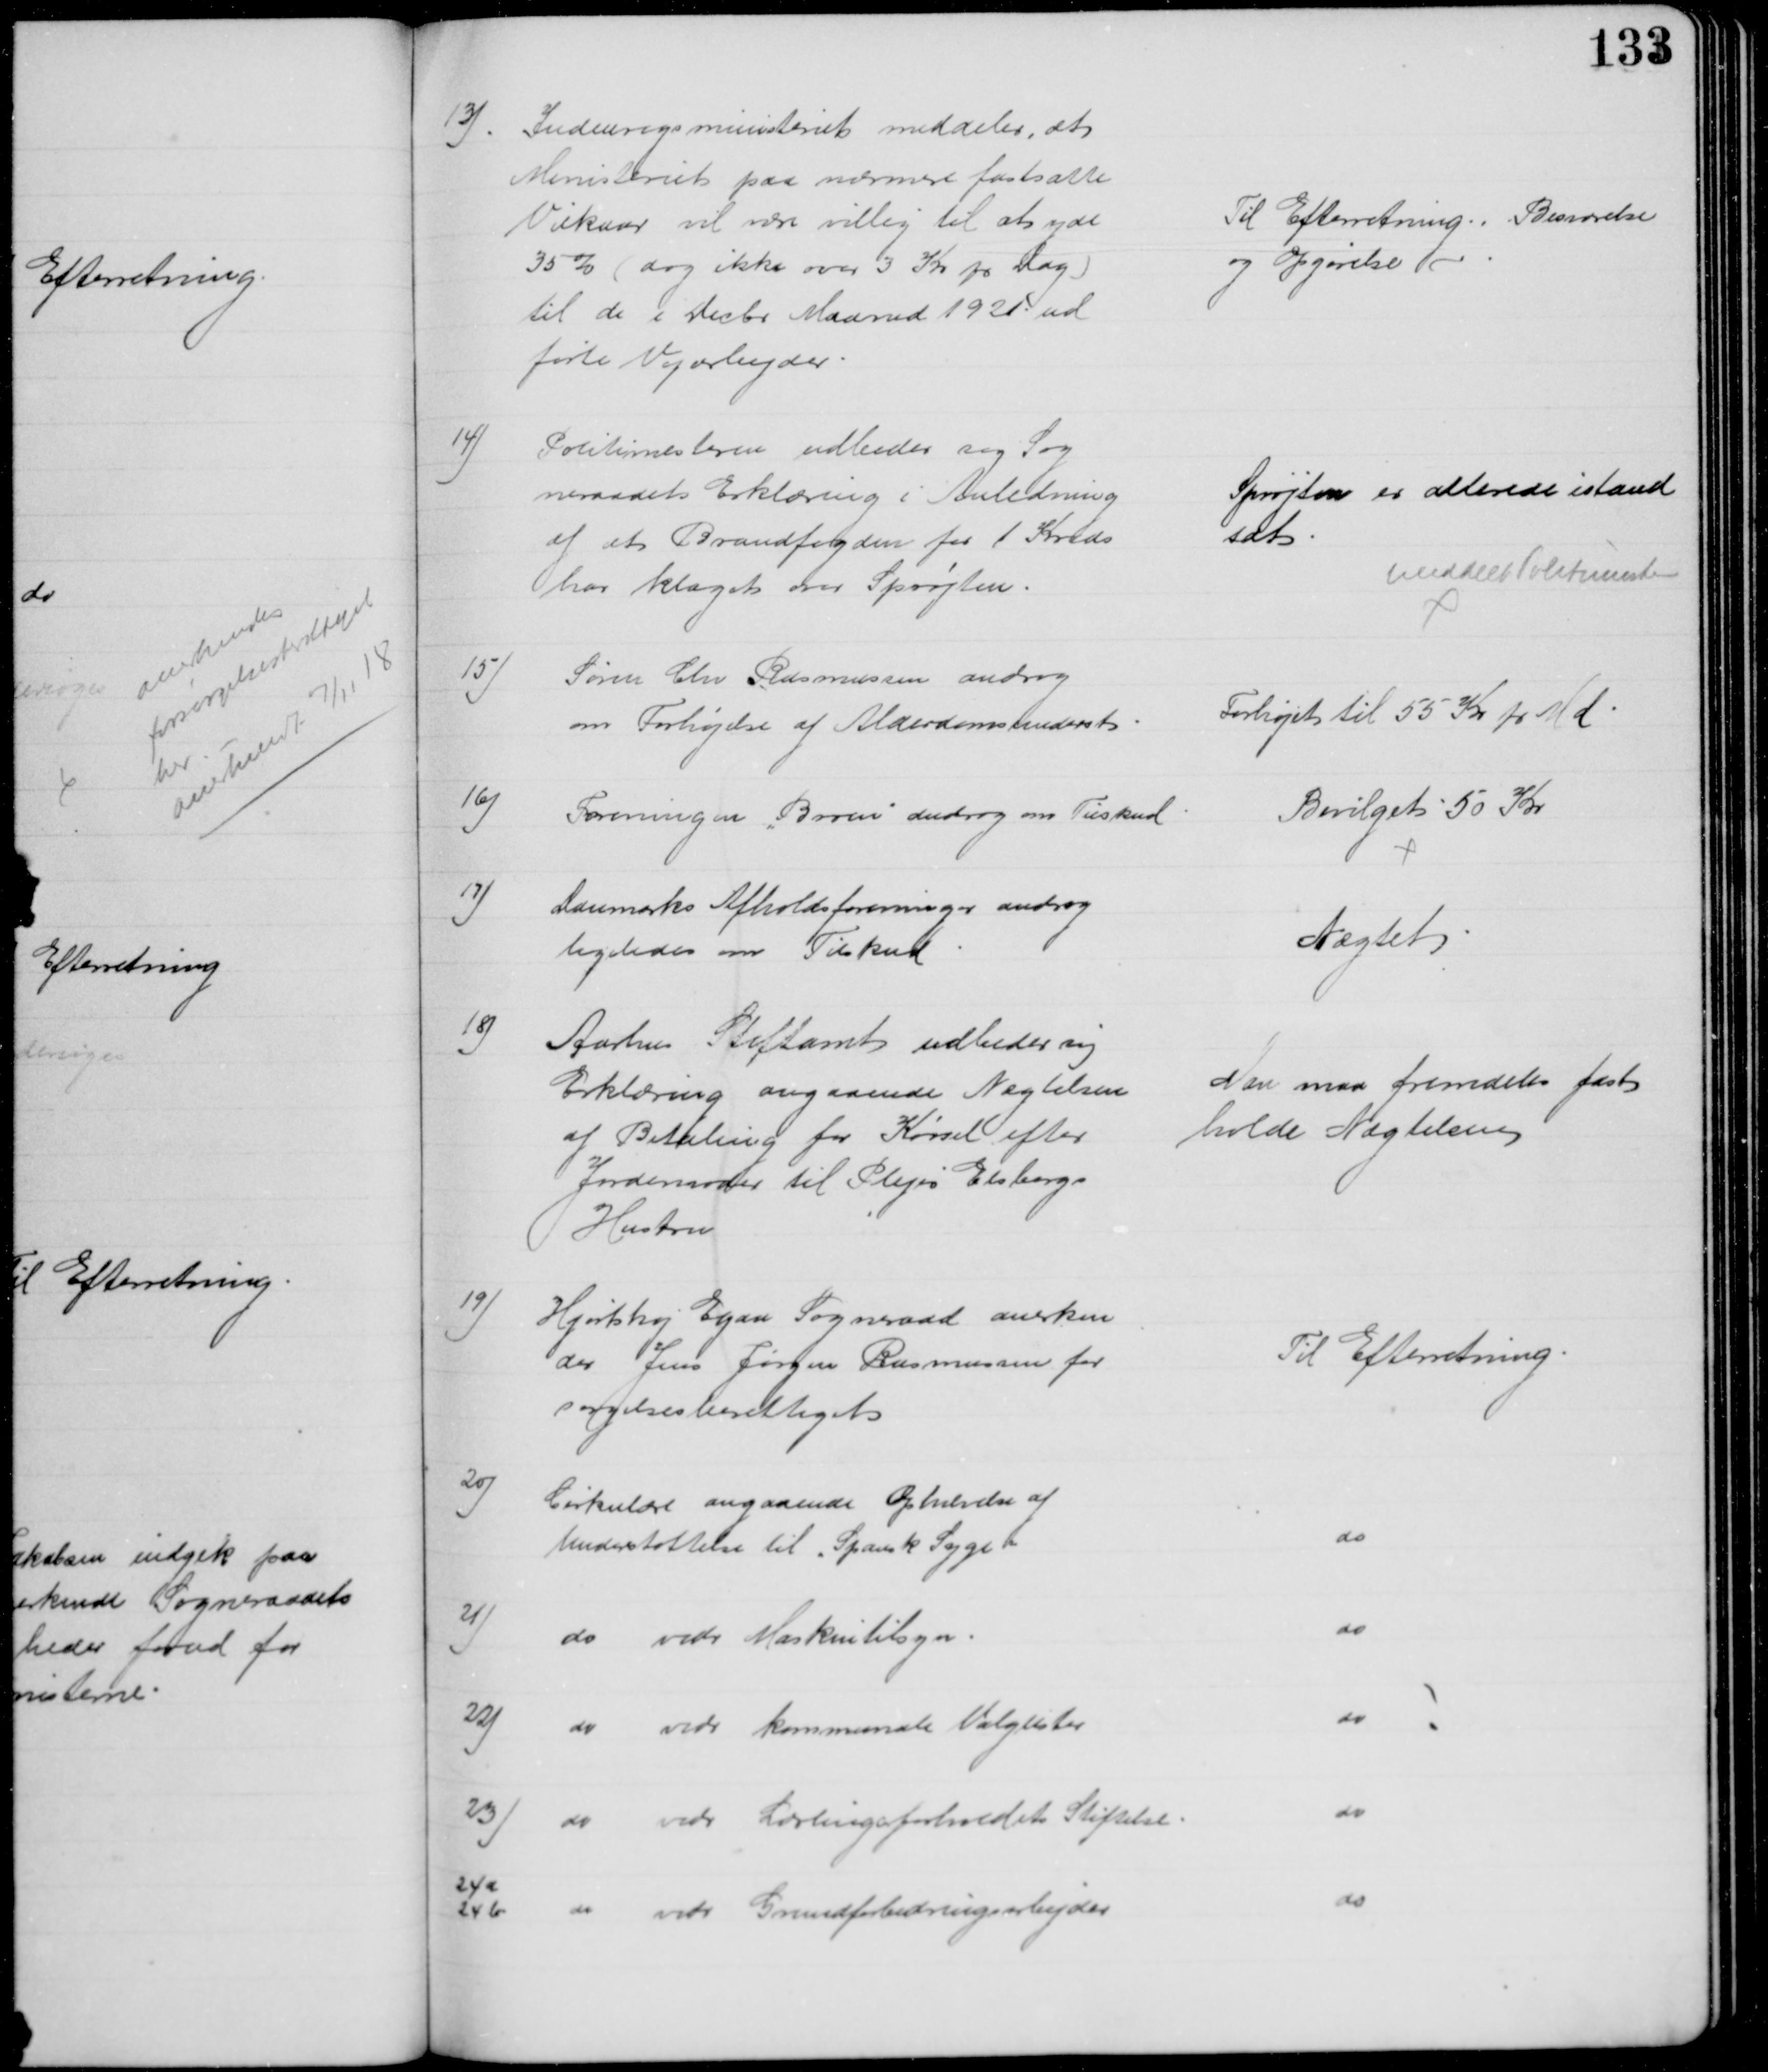
Transskription:
13)
Indenrigsministeriet meddeler, at 
Ministeriet paa nærmere fastsatte
Vilkaar vil være villig til at yde
35% (dog ikke over 3 Kr pr Dag)
til de i Decbr. Maaned 1921 ud
førte Vejarbejder.
Til Efterretning. Besvarelse
og Opgørelse 
14)
Politimesteren udbeder sig Sog
neraadets Erklæring i Anledning
af at Brandfogden for 1 Kreds
har klaget over Sprøjten.
Sprøjten er allerede istand 
sat
meddelt Politimesteren
15)
Søren Chr Rasmussen androg
om Forhøjelse af Alderdomsunderst
Forhøjet til 55 Kr pr Md.
16)
Foreningen "Broen" androg om Tilskud
Bevilget 50 Kr
17)
Danmarks Afholdsforeninger androg 
ligeledes om Tilskud
Nægtet
18)
Aarhus Stiftamt udbeder sig
Erklæring angaaende Nægtelsen
af Betaling for Kørsel efter
Jordemoder til Plejer Elsborgs
Hustru
Man maa fremdeles fast
holde Nægtelsen
19)
Hjortshøj Egaa Sogneraad anerken
der Jens Jørgen Rasmussen for
søgelsesberettiget
Til Efterretning
20)
Cirkulære angaaende Ophævelse af 
Understøttelse til "Spansk Syge"
do
21) 
do
vedr Maskintilsyn.
do
22) 
do 
vedr kommunale Valglister
do
23) 
do 
vedr. Lærlingeforholdets Stiftelse.
do
24a
24b
do
vedr Grundforbedringsarbejder
do